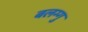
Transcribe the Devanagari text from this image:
बलग्गु